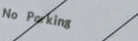
No Parking